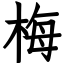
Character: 梅